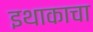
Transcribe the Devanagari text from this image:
इथाकाचा